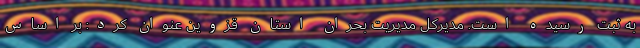
به ثبت رسیده است. مدیرکل مدیریت بحران استان قزوین عنوان کرد: بر اساس